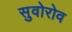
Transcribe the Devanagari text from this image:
सुवोरोव